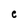
Character: e